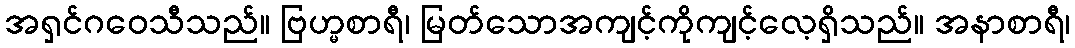
အရှင်ဂဝေသီသည်။ ဗြဟ္မစာရီ၊ မြတ်သောအကျင့်ကိုကျင့်လေ့ရှိသည်။ အနာစာရီ၊